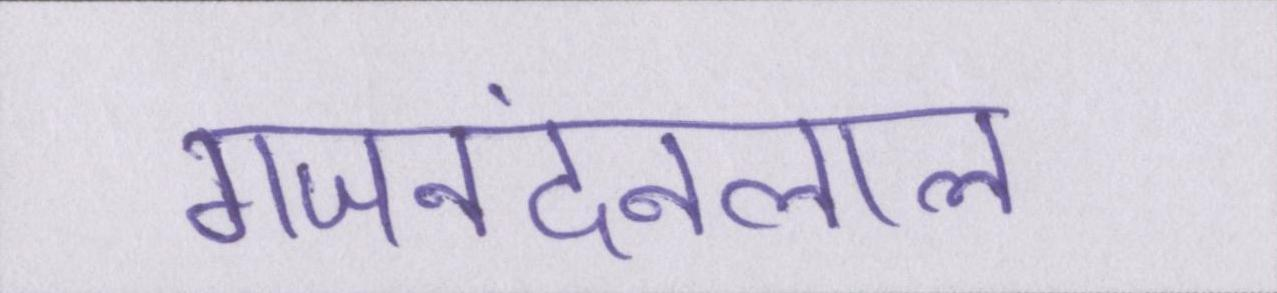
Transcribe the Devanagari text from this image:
गजनंदनलाल